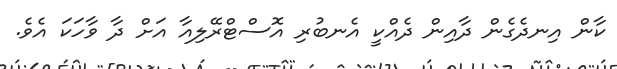
ކާން އިނދެގެން ދާއިން ދެއްކީ އެނބުރި އޮސްޓްރޭލިއާ އަށް ދާ ވާހަކަ އެވެ.